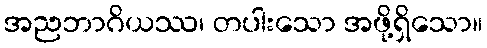
အညဘာဂိယဿ၊ တပါးသော အဖို့ရှိသော။